Source: Handwritten
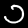
Digit: ၁ (1)